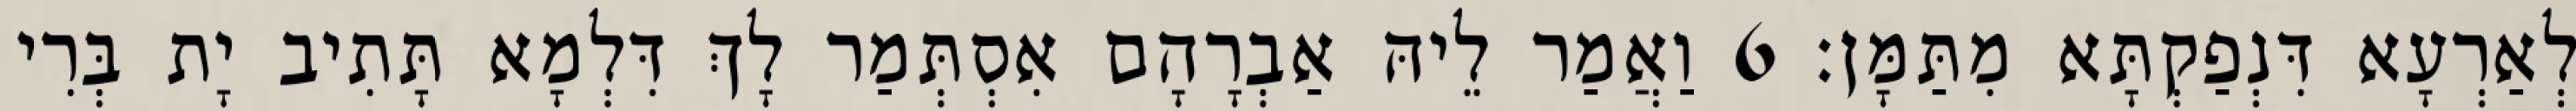
לְאַרְעָא דִּנְפַקְתָּא מִתַּמָּן׃ 6 וַאֲמַר לֵיהּ אַבְרָהָם אִסְתְּמַר לָךְ דִּלְמָא תָּתִיב יָת בְּרִי